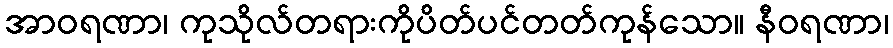
အာဝရဏာ၊ ကုသိုလ်တရားကိုပိတ်ပင်တတ်ကုန်သော။ နီဝရဏာ၊